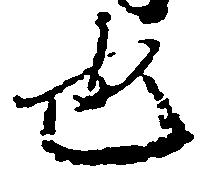
也